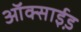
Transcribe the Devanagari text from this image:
ऑक्साई़ड